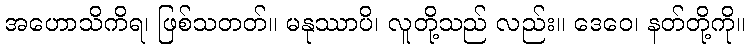
အဟောသိကိရ၊ ဖြစ်သတတ်။ မနုဿာပိ၊ လူတို့သည် လည်း။ ဒေဝေ၊ နတ်တို့ကို။